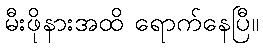
မီးဖိုနားအထိ ရောက်နေပြီ။